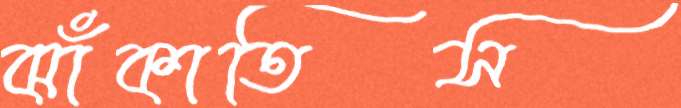
ঝাঁকাতিস